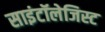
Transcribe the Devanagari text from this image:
साइंटॉलेजिस्ट